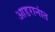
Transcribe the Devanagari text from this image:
आडरानांत